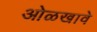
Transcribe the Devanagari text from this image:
ओळखावे